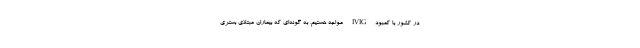
در کشور با کمبود IVIG مواجه هستیم، به گونه‌ای که بیماران مبتلای بستری